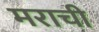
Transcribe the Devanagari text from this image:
मराची